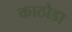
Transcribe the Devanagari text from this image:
काठोडा